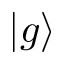
| g \rangle